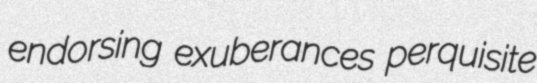
endorsing exuberances perquisite